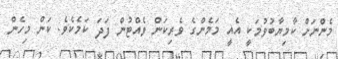
މެންނަށް ކާމިޔާބުވުމަކީ އެއީ މަމެންގެ ވެރިކަން ވެއްޓުން ފަދަ ކަމެކެވެ. ކަން މިހެން